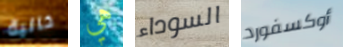
خالية هي السوداء أوكسفورد